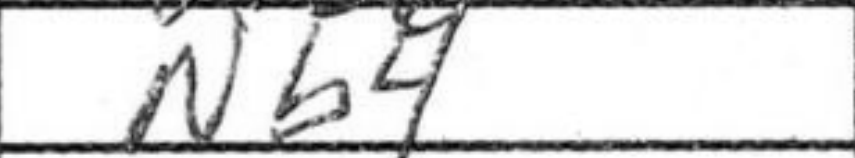
Transcription: Nb4